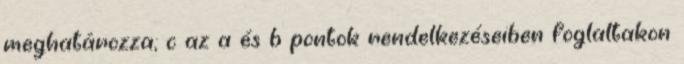
meghatározza; c az a és b pontok rendelkezéseiben foglaltakon